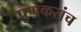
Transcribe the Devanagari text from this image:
पुणेकरांच